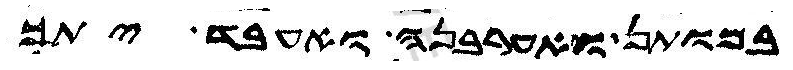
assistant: במותן ואערבנה ואעבד יתך